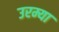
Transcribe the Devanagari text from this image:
उरम्या